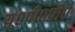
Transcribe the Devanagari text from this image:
यू०पी०पी०